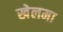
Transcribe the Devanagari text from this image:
खेलमा